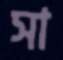
সা